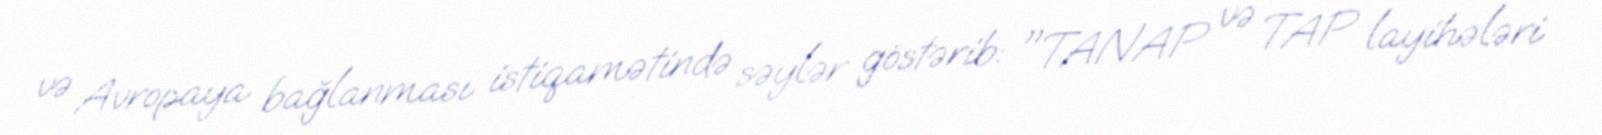
və Avropaya bağlanması istiqamətində səylər göstərib: "TANAP və TAP layihələri